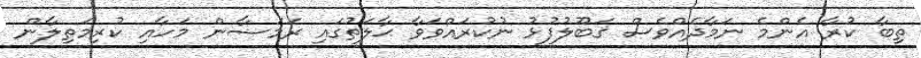
ތިބާ ކުރާ އެންމެ ނަމާދެއްވެސް ޤަބޫލުފުޅު ނުކުރައްވަވާ ޙާލަތުގައި ރަމަޟާން މަހާއި ކުރިމަތިލާން